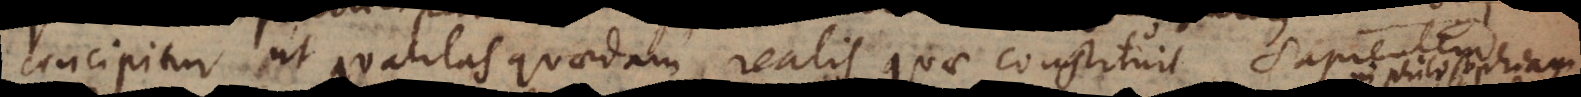
concipitur ut qualitas quaedam realis quae constituit sapientem.